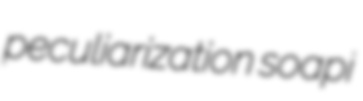
peculiarization soapi